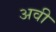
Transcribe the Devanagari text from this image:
अवी